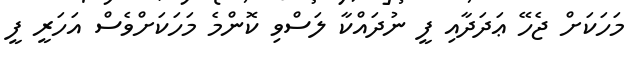
މަހަކަށް ޖެހޭ ޢަދަދާއި ފީ ނުދައްކާ ލަސްވި ކޮންމެ މަހަކަށްވެސް އަހަރީ ފީ